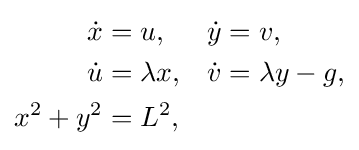
{\begin{aligned}{\dot {x}}&=u,&{\dot {y}}&=v,\\{\dot {u}}&=\lambda x,&{\dot {v}}&=\lambda y-g,\\x^{2}+y^{2}&=L^{2},\end{aligned}}